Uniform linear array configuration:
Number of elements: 32
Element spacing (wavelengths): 0.75
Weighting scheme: blackman
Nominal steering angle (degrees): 30
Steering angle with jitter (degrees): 29.854
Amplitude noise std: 0.05
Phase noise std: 0.05

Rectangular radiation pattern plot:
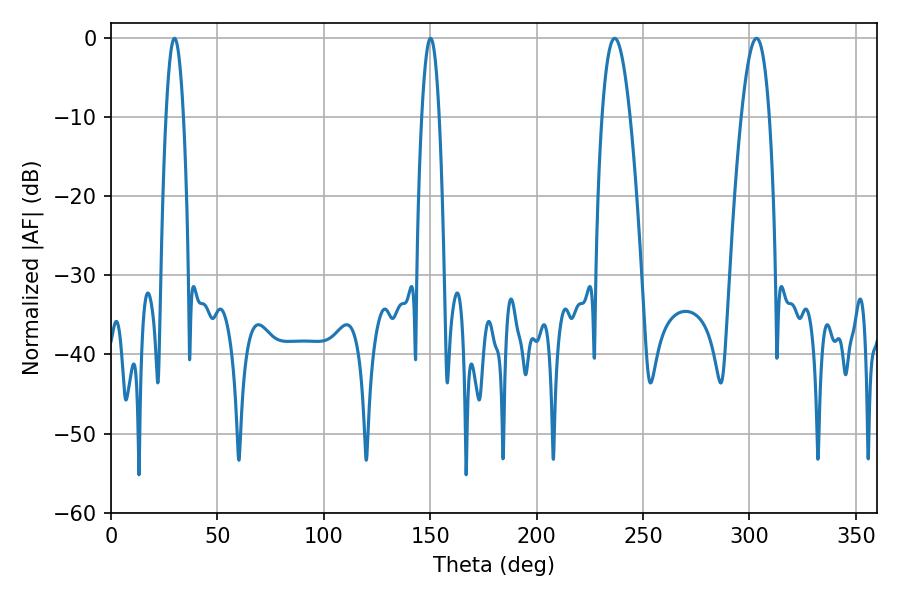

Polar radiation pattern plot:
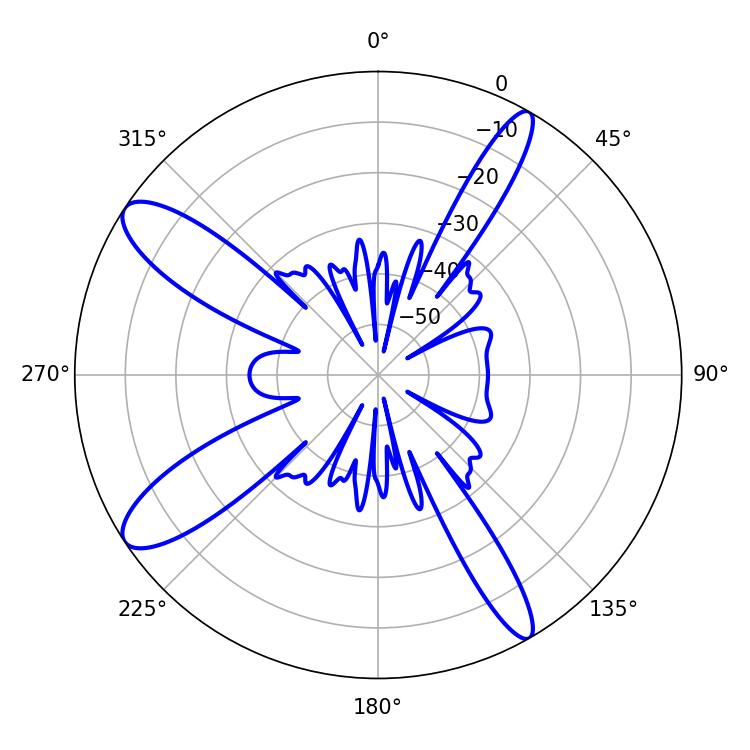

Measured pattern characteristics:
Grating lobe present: TRUE
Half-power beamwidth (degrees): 7.2
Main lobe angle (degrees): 236.7